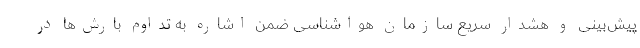
پیش‌بینی و هشدار سریع سازمان هواشناسی ضمن اشاره به تداوم بارش‌ها در